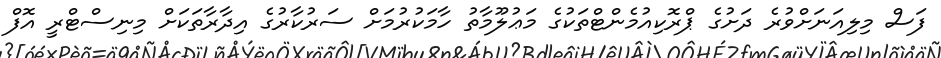
ފަސް މިލިއަނަށްވުރެ ދަށުގެ ޕްރޮކިއުމެންޓްތަކުގެ މަޢުލޫމާތު ހާމަކުރުމަށް ސަރުކާރުގެ އިދާރާތަކަށް މިނިސްޓްރީ އޮފް